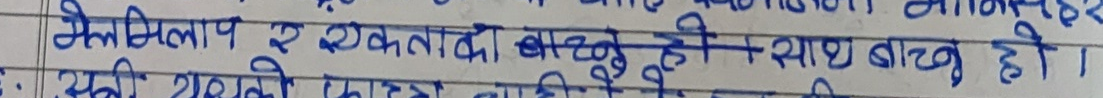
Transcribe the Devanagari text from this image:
गेमीलाप र एकतादा बरबुर है। साथ बाचव हो।